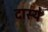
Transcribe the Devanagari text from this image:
दास्ये